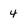
Character: 4